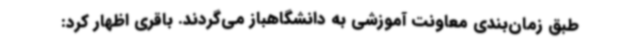
طبق زمان‌بندی معاونت آموزشی به دانشگاهباز می‌گردند. باقری اظهار کرد: